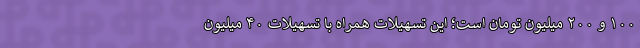
۱۰۰ و ۲۰۰ میلیون تومان است؛ این تسهیلات همراه با تسهیلات ۴۰ میلیون